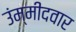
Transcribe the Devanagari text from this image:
उंम्मीदवार